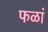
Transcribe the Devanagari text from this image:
फळां